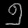
Digit: ၅